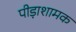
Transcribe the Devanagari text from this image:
पीड़ाशामक